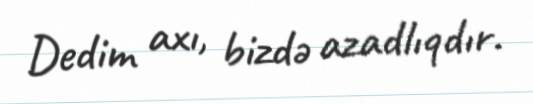
Dedim axı, bizdə azadlıqdır.